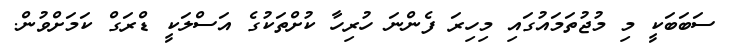
ސަބަބަކީ މި މުޖުތަމައުގައި މިހިރަ ފެންނަ ހުރިހާ ކުށްތަކުގެ އަސްލަކީ ޑްރަގް ކަމަށްވުން.